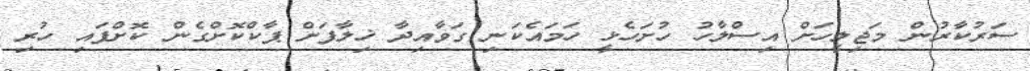
ސަރުކާރުން މަޖިލީހަށް އިސްލާހު ހުށަހެޅީ ހަމައެކަނި ގަވާއިދާ ޚިލާފަށް ޕާކްކޮށްގެން ކޮށްފައި ހުރި